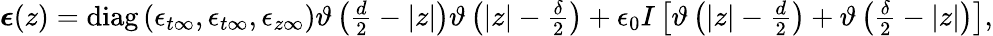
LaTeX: \begin{array}{r}{\boldsymbol{\epsilon}(z)=\mathrm{diag}\left(\epsilon_{t\infty},\epsilon_{t\infty},\epsilon_{z\infty}\right)\vartheta\left(\frac{d}{2}-|z|\right)\vartheta\left(|z|-\frac{\delta}{2}\right)+\epsilon_{0}I\left[\vartheta\left(|z|-\frac{d}{2}\right)+\vartheta\left(\frac{\delta}{2}-|z|\right)\right],}\end{array}